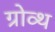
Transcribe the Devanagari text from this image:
ग्रोव्थ